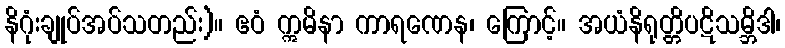
နိဂုံးချုပ်အပ်သတည်း)။ ဧဝံ ဣမိနာ ကာရဏေန၊ ကြောင့်။ အယံနိရုတ္တိပဋိသမ္ဘိဒါ၊